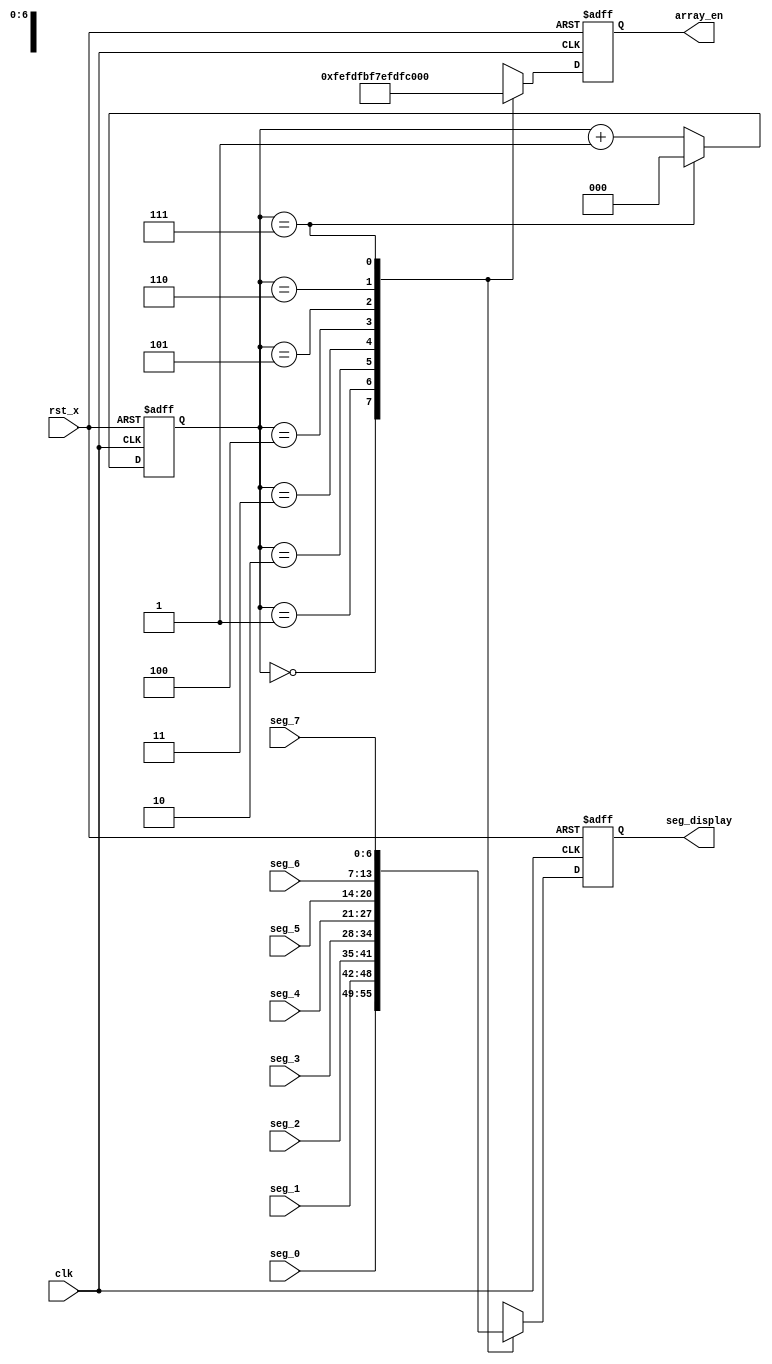
module seg_controller(
  input clk,
  input rst_x,
  input[7-1:0]seg_0,
  input[7-1:0]seg_1,
  input[7-1:0]seg_2,
  input[7-1:0]seg_3,
  input[7-1:0]seg_4,
  input[7-1:0]seg_5,
  input[7-1:0]seg_6,
  input[7-1:0]seg_7,
  output[7-1:0]seg_display,
  output[8-1:0]array_en);
  
  reg[7-1:0] seg_display_internal;
  reg[8-1:0] array_en_internal;
  
  reg[3-1:0] scan_loc;
  
  always@(posedge clk or negedge rst_x) begin
    if(~rst_x) begin
      array_en_internal <= 8'b00000000;
      seg_display_internal <= 7'b0000000;
      scan_loc <= 3'b000;
    end
    else begin
      if(scan_loc == 3'b111) begin
        scan_loc <= 3'b000;
      end
    else begin
      scan_loc <= scan_loc + 1'b1;
    end
    case(scan_loc)
      3'd0: begin array_en_internal <= 8'b11111110; seg_display_internal <= seg_0; end
      3'd1: begin array_en_internal <= 8'b11111101; seg_display_internal <= seg_1; end
      3'd2: begin array_en_internal <= 8'b11111011; seg_display_internal <= seg_2; end
      3'd3: begin array_en_internal <= 8'b11110111; seg_display_internal <= seg_3; end
      3'd4: begin array_en_internal <= 8'b11101111; seg_display_internal <= seg_4; end
      3'd5: begin array_en_internal <= 8'b11011111; seg_display_internal <= seg_5; end
      3'd6: begin array_en_internal <= 8'b10111111; seg_display_internal <= seg_6; end
      3'd7: begin array_en_internal <= 8'b01111111; seg_display_internal <= seg_7; end
      default: begin array_en_internal <= 8'b11111111; seg_display_internal <= seg_0; end
    endcase
  end
end

  assign seg_display = seg_display_internal;
  assign array_en = array_en_internal;
      

endmodule